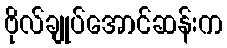
ဗိုလ်ချုပ်အောင်ဆန်းက